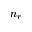
n _ { r }